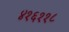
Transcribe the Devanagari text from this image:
४१६११८